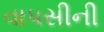
વાપસીની